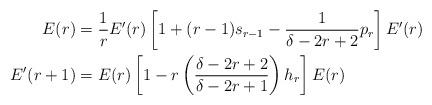
LaTeX: \begin{align*} E(r) &= \frac1r E'(r)\left[ 1+(r-1)s_{r-1} -\frac1{\delta-2r+2}p_r \right] E'(r) \\ E'(r+1) &= E(r)\left[ 1 - r\left(\frac{\delta-2r+2}{\delta-2r+1}\right)h_r \right] E(r)\end{align*}